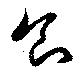
食